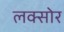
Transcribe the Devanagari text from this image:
लक्सोर